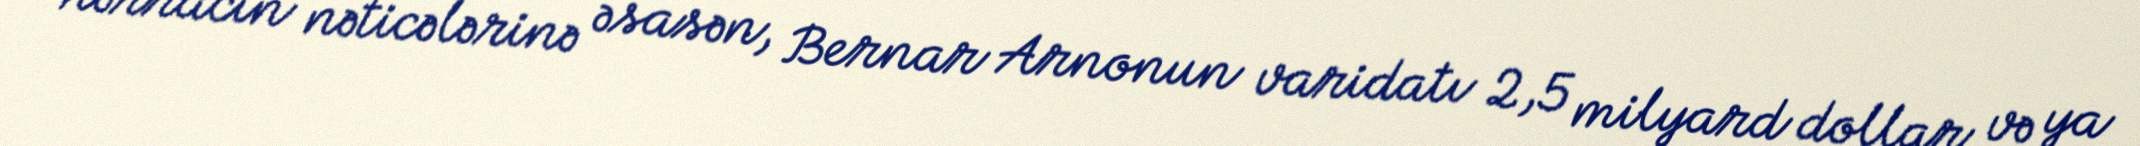
hərracın nəticələrinə əsasən, Bernar Arnonun varidatı 2,5 milyard dollar və ya